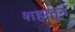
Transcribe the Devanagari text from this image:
शहरतून